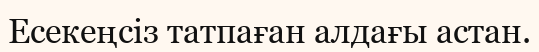
Есекеңсіз татпаған алдағы астан.